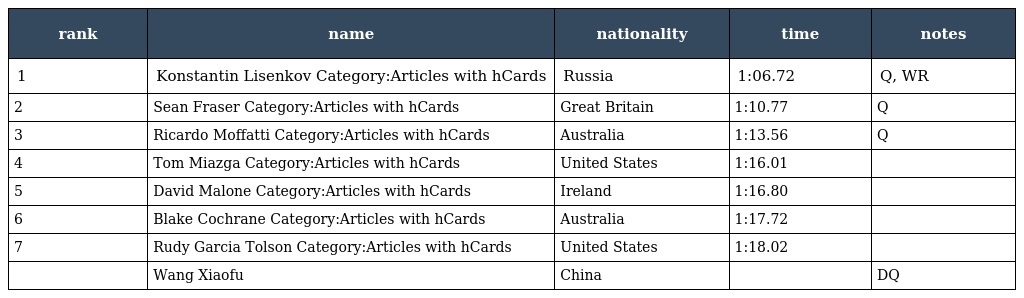
| rank | name | nationality | time | notes |
 | --- | --- | --- | --- | --- |
 | 1 | Konstantin Lisenkov Category:Articles with hCards | Russia | 1:06.72 | Q, WR |
 | 2 | Sean Fraser Category:Articles with hCards | Great Britain | 1:10.77 | Q |
 | 3 | Ricardo Moffatti Category:Articles with hCards | Australia | 1:13.56 | Q |
 | 4 | Tom Miazga Category:Articles with hCards | United States | 1:16.01 |  |
 | 5 | David Malone Category:Articles with hCards | Ireland | 1:16.80 |  |
 | 6 | Blake Cochrane Category:Articles with hCards | Australia | 1:17.72 |  |
 | 7 | Rudy Garcia Tolson Category:Articles with hCards | United States | 1:18.02 |  |
 |  | Wang Xiaofu | China |  | DQ |